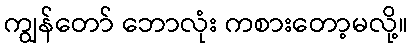
ကျွန်တော် ဘောလုံး ကစားတော့မလို့။